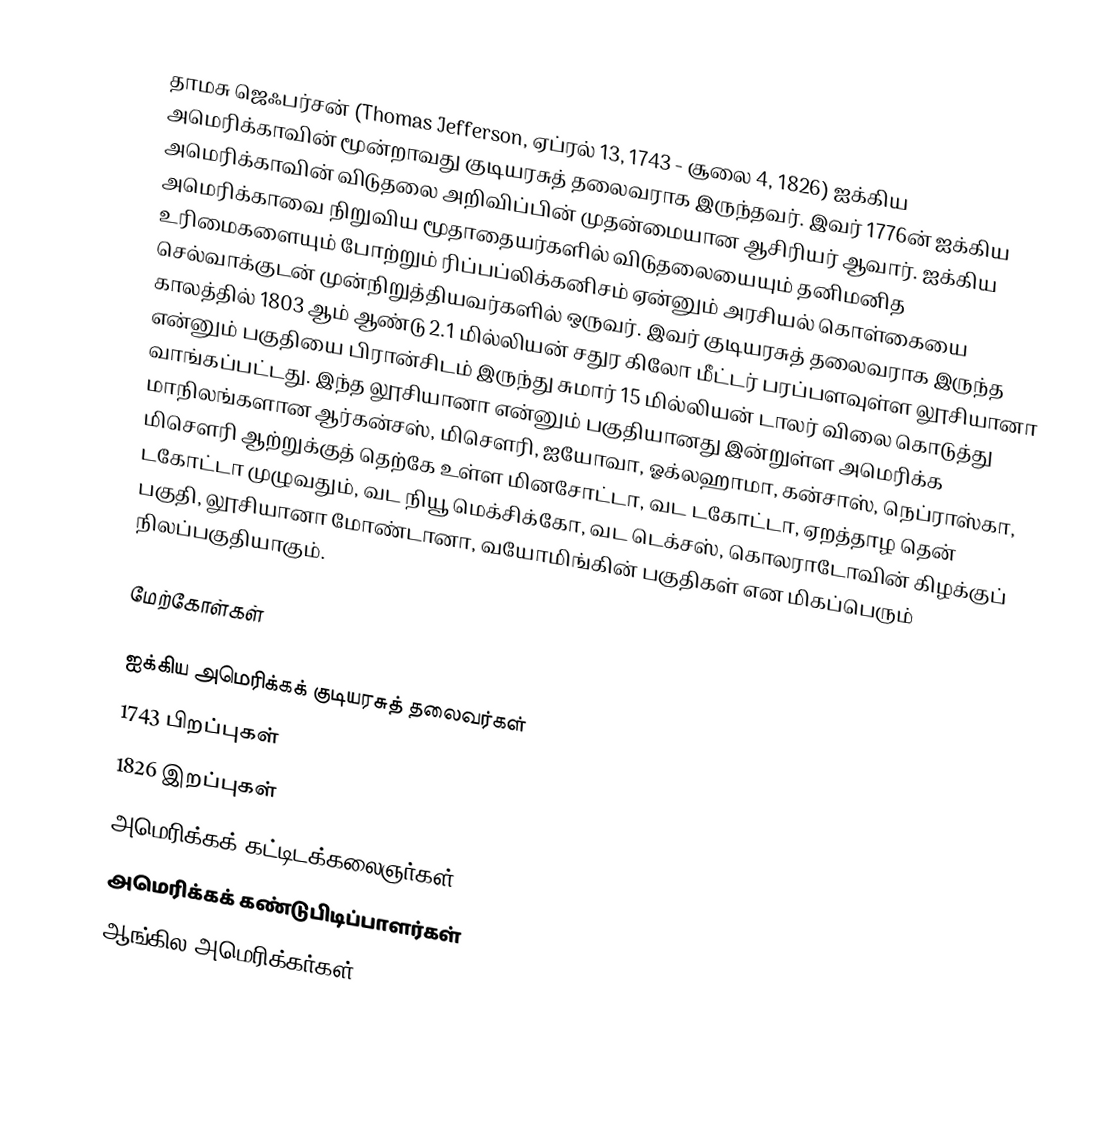
தாமசு ஜெஃபர்சன் (Thomas Jefferson, ஏப்ரல் 13, 1743 - சூலை 4, 1826) ஐக்கிய அமெரிக்காவின் மூன்றாவது  குடியரசுத் தலைவராக இருந்தவர். இவர் 1776ன் ஐக்கிய அமெரிக்காவின் விடுதலை அறிவிப்பின் முதன்மையான ஆசிரியர் ஆவார். ஐக்கிய அமெரிக்காவை நிறுவிய மூதாதையர்களில் விடுதலையையும் தனிமனித உரிமைகளையும் போற்றும் ரிப்பப்லிக்கனிசம் ஏன்னும் அரசியல் கொள்கையை செல்வாக்குடன் முன்நிறுத்தியவர்களில் ஒருவர். இவர் குடியரசுத் தலைவராக இருந்த காலத்தில் 1803 ஆம் ஆண்டு 2.1 மில்லியன் சதுர கிலோ மீட்டர் பரப்பளவுள்ள லூசியானா என்னும் பகுதியை பிரான்சிடம் இருந்து சுமார் 15 மில்லியன் டாலர் விலை கொடுத்து வாங்கப்பட்டது. இந்த லூசியானா என்னும் பகுதியானது இன்றுள்ள அமெரிக்க மாநிலங்களான ஆர்கன்சஸ், மிசௌரி, ஐயோவா, ஓக்லஹாமா, கன்சாஸ், நெப்ராஸ்கா, மிசௌரி ஆற்றுக்குத் தெற்கே உள்ள மினசோட்டா, வட டகோட்டா, ஏறத்தாழ தென் டகோட்டா முழுவதும், வட நியூ மெக்சிக்கோ, வட டெக்சஸ், கொலராடோவின் கிழக்குப் பகுதி, லூசியானா மோண்டானா, வயோமிங்கின் பகுதிகள் என மிகப்பெரும் நிலப்பகுதியாகும்.

மேற்கோள்கள்

ஐக்கிய அமெரிக்கக் குடியரசுத் தலைவர்கள்
1743 பிறப்புகள்
1826 இறப்புகள்
அமெரிக்கக் கட்டிடக்கலைஞர்கள்
அமெரிக்கக் கண்டுபிடிப்பாளர்கள்
ஆங்கில அமெரிக்கர்கள்